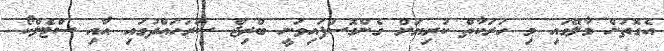
އެގޮތުން މާލޭގައި މި ހަރަކާތް ކުރިޔަށް ގެންގޮސްފައިވަނީ ބްރިޖް ސަރަހައްދުގައި އާއި ސްޓެލްކޯ